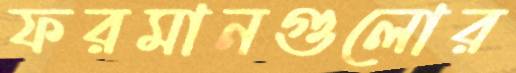
ফরমানগুলোর